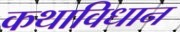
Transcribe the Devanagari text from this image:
कथाविधान